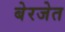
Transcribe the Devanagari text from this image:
बेरजेत